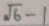
\sqrt { 6 } - 1